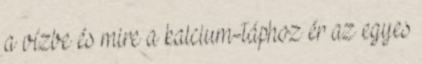
a vízbe és mire a kalcium-táphoz ér az egyes